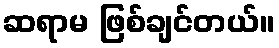
ဆရာမ ဖြစ်ချင်တယ်။